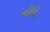
નીથિ